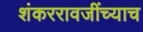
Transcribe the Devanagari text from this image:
शंकररावजींच्याच